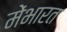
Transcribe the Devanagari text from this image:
मेंभारत